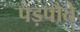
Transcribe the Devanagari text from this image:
पड़पौते